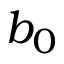
b _ { 0 }